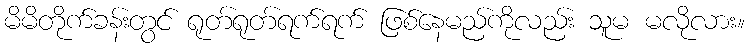
မိမိတိုက်ခန်းတွင် ရုတ်ရုတ်ရက်ရက် ဖြစ်နေမည်ကိုလည်း သူမ မလိုလား။